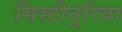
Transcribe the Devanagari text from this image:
सिस्टीनूरिया